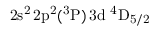
\mathrm { 2 s ^ { 2 } \, 2 p ^ { 2 } ( ^ { 3 } P ) \, 3 d ~ ^ { 4 } D _ { 5 / 2 } }